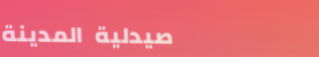
صيدلية المدينة